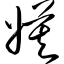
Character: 嫫